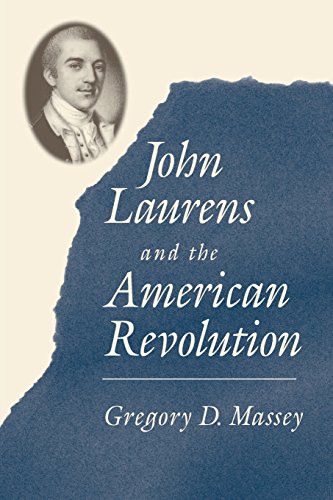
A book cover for John Laurens and the American Revolution; Gregory D. Massey; Biographies & Memoirs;